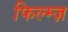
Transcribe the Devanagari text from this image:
फिल्म्ज़